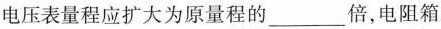
电压表量程应扩大为原量程的___倍，电阻箱